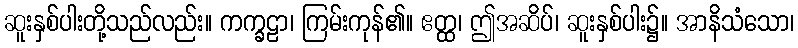
ဆူးနှစ်ပါးတို့သည်လည်း။ ကက္ခဠာ၊ ကြမ်းကုန်၏။ ဧတ္ထ၊ ဤအဆိပ်၊ ဆူးနှစ်ပါး၌။ အာနိသံသော၊